Annual report of the Punjab Veterinary College and of the Civil Veterinary Department, Punjab - 1920-1925
Year: 1920
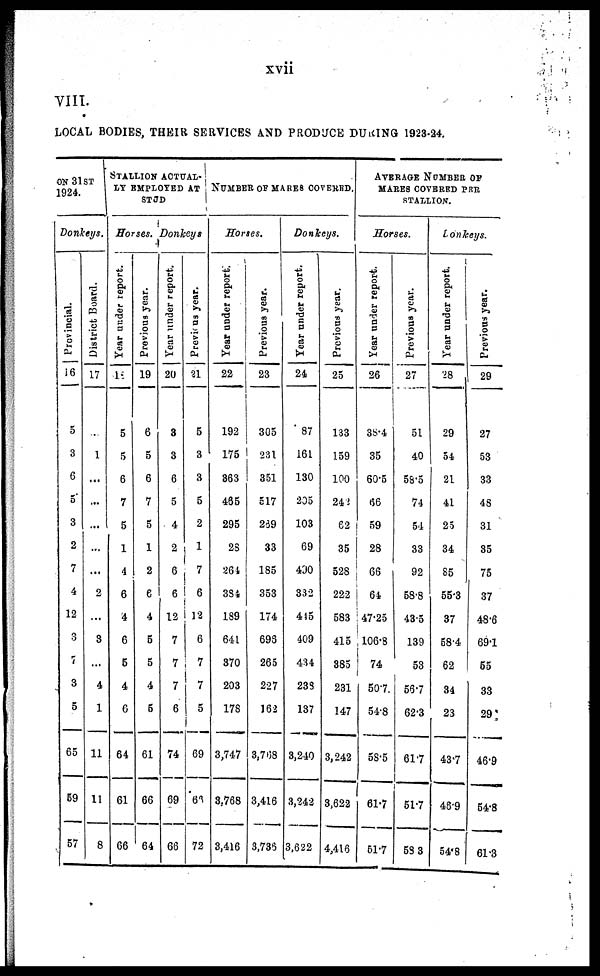
xvii
VIII.
LOCAL BODIES, THEIR SERVICES AND PRODUCE DURING 1923-24.
ON 31 ST
1924.
Donkeys.
Provincial.
16
5
3
6
5
3
2
7
4
12
3
7
3
5
65
59
57
District Board.
17
1
...
...
...
...
...
2
...
8
...
4
1
11
11
8
STALLION ACTUAL-
LY EMPLOYED AT
STJD
Horses.
Year under report.
18
5
5
6
7
5
1
4
6
4
6
5
4
6
64
61
66
Previous year.
19
6
5
6
7
5
1
2
6
4
5
5
4
5
61
66
64
1
Donkeys
Year under report.
20
3
3
6
5
4
2
6
6
12
7
7
7
6
74
69
66
Previous year.
21
5
3
3
5
2
1
7
6
12
6
7
7
5
69
66
72
NUMBER OF MARES COVERED.
Horses.
Year under report.
22
192
175
363
465
295
28
264
384
189
641
370
203
178
3,747
8.768
3,416
Previous year.
23
305
231
351
517
239
33
185
353
174
69S
265
227
162
3,708
3,416
3,736
Donkeys.
Year under report.
24
87
161
130
205
103
69
490
332
445
409
434
233
137
3,240
3,242
3,622
Previous year.
25
133
159
100
242
62
35
528
222
583
415
885
231
147
3,242
3,622
4,416
AVERAGE NUMBER OF
MARES COVERED PER
STALLION.
Horses.
Year under report.
26
38·4
35
60·5
66
59
28
66
64
47·25
106·8
74
50·7
54·8
58·5
61·7
51·7
Previous year.
27
51
40
58·5
74
54
33
92
58·8
43·5
139
53
567
62·3
617
517
58 3
Donkeys.
Year under report.
28
29
54
21
41
25
34
85
55·3
37
58·4
62
34
23
437
48·9
54·8
Previous year.
29
27
53
33
48
31
35
75
37
48·6
69·1
55
33
29
46·9
54·8
61·3